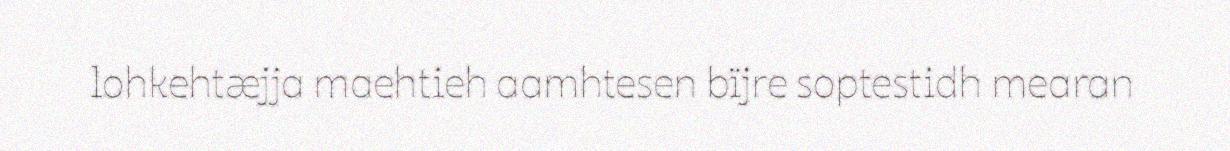
lohkehtæjja maehtieh aamhtesen bïjre soptestidh mearan